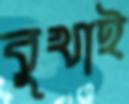
বুখাই